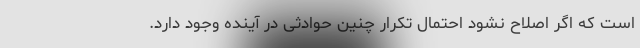
است که اگر اصلاح نشود احتمال تکرار چنین حوادثی در آینده وجود دارد.